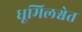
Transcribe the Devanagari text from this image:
धूमिलश्वेत